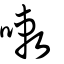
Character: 𠻳